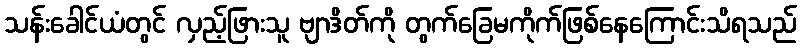
သန်းခေါင်ယံတွင် လှည့်ဖြားသူ ဗျာဒိတ်ကို တွက်ခြေမကိုက်ဖြစ်နေကြောင်းသိရသည်